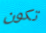
تكون